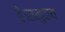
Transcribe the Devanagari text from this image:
है।समुदाय